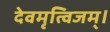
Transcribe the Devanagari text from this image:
देवमृत्विजम्‌।